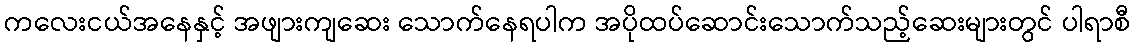
ကလေးငယ်အနေနှင့် အဖျားကျဆေး သောက်နေရပါက အပိုထပ်ဆောင်းသောက်သည့်ဆေးများတွင် ပါရာစီ